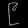
Digit: ၉